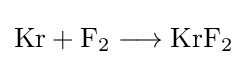
{\mathrm {Kr} {}+{}\mathrm {F} {\vphantom {A}}_{\smash[{t}]{2}}{}\mathrel {\longrightarrow } {}\mathrm {KrF} {\vphantom {A}}_{\smash[{t}]{2}}}